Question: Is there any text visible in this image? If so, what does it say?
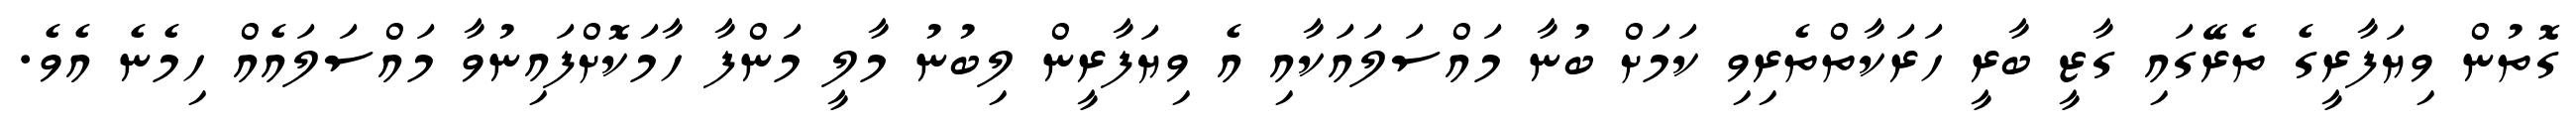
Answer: ގޮތުން ވިޔަފާރީގެ ތެރޭގައި ގާޒީ ބާރީ ހަރަކާތްތެރިވި ކަމަށް ބުނާ މައްސަލައަކާއި އެ ވިޔަފާރީން ލިބުނު މާލީ މަންފާ ހާމަކޮށްފައިނުވާ މައްސަލައެއް ހިމެނެ އެވެ.